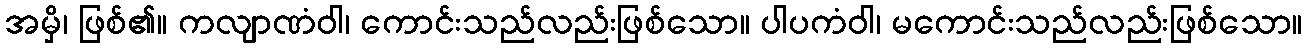
အမှိ၊ ဖြစ်၏။ ကလျာဏံဝါ၊ ကောင်းသည်လည်းဖြစ်သော။ ပါပကံဝါ၊ မကောင်းသည်လည်းဖြစ်သော။